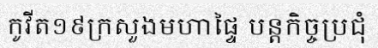
កូវីត១៩ក្រសួងមហាផ្ទៃ បន្តកិច្ចប្រជុំ